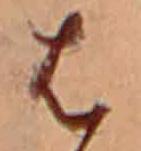
は